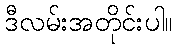
ဒီလမ်းအတိုင်းပါ။